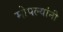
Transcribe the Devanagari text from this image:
मोपल्यांनी